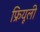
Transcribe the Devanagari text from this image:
फ्रियूली